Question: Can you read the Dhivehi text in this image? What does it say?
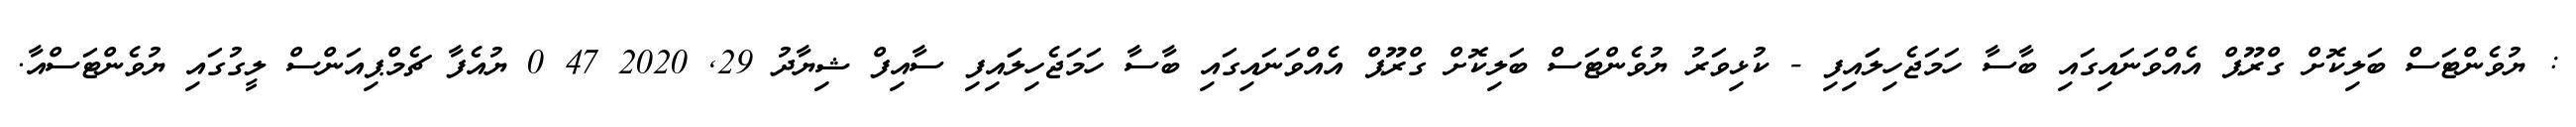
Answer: : ޔުވެންޓަސް ބަލިކޮށް ގްރޫޕް އެއްވަނައިގައި ބާސާ ހަމަޖެހިލަައިފި - ކުޅިވަރު ޔުވެންޓަސް ބަލިކޮށް ގްރޫޕް އެއްވަނައިގައި ބާސާ ހަމަޖެހިލަައިފި ސާއިފް ޝިޔާދު 29, 2020 47 0 ޔުއެފާ ޗެމްޕިއަންސް ލީގުގައި ޔުވެންޓަސްއާ.